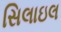
સિલાઇલ